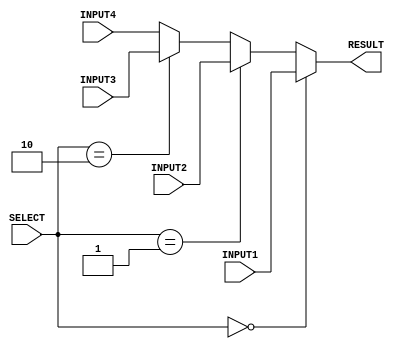
/////////////////////////////////////////////
// Advanced Computer Architecture (CO502)  //
// Design : Mux 4 to 1                     // 
// Group  : 2                              //
/////////////////////////////////////////////

`timescale 1ns/100ps

module mux_4to1 (INPUT1, INPUT2, INPUT3, INPUT4, RESULT, SELECT);

    input [31:0] INPUT1, INPUT2, INPUT3, INPUT4;
    input [1:0] SELECT;
    output reg [31:0] RESULT;

    always @ (*)
    begin
        if (SELECT == 2'b00)
            RESULT = INPUT1;
        else if (SELECT == 2'b01)
            RESULT = INPUT2;
        else if (SELECT == 2'b10)
            RESULT = INPUT3;
        else
            RESULT = INPUT4;
    end

endmodule